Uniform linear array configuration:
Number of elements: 4
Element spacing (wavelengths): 1
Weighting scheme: exponential
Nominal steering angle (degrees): -45
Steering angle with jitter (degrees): -44.479
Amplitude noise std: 0.05
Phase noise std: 0.05

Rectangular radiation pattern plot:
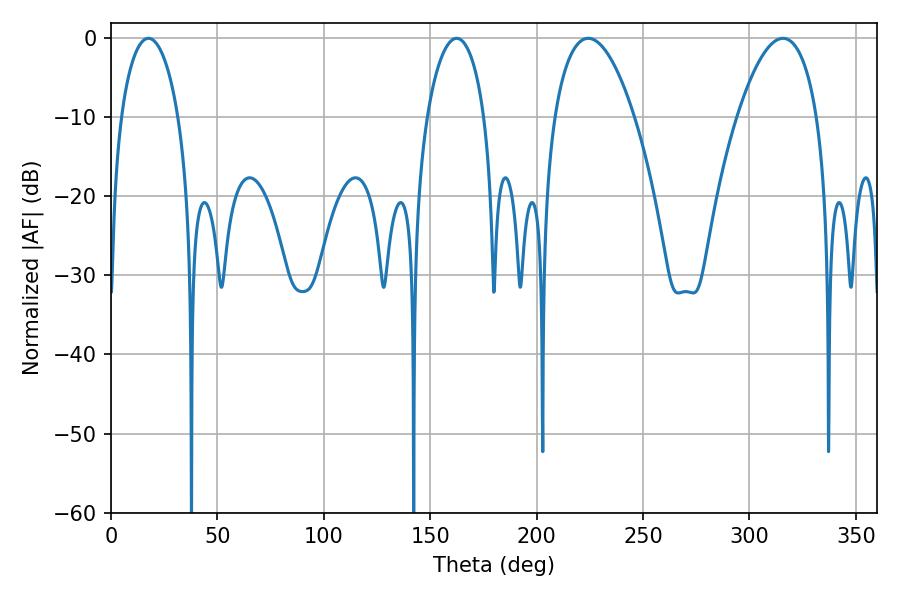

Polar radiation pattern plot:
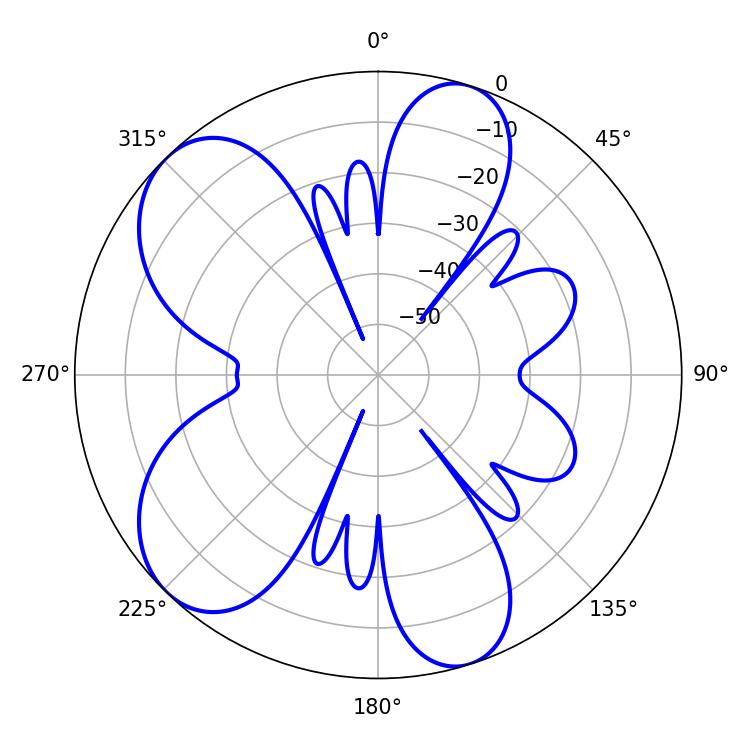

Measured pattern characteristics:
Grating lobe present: TRUE
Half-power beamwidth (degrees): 20.88
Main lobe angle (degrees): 224.28